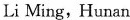
Li Ming，Hunan